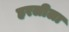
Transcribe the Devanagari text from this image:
हरलीला